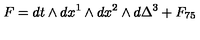
F = d t \wedge d x ^ { 1 } \wedge d x ^ { 2 } \wedge d \Delta ^ { 3 } + F _ { 7 5 }